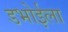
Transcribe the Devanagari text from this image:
डभोईला